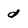
Character: d